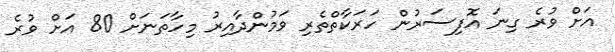
އަށް ވުރެ ގިނަ އޮފިސަރުން ހަރަކާތްތެރި ވަމުންދާއިރު މިހާތަނަށް 80 އަށް ވުރެ